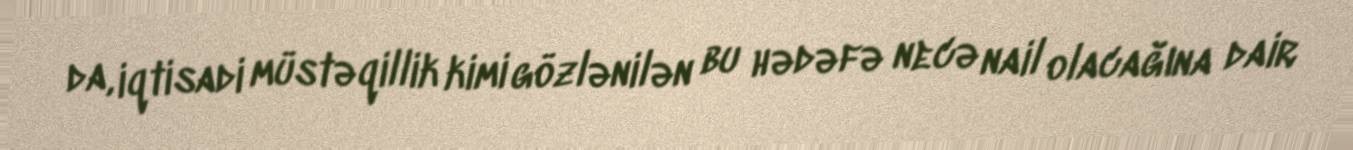
da, iqtisadi müstəqillik kimi gözlənilən bu hədəfə necə nail olacağına dair